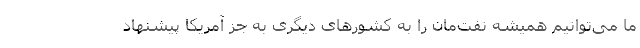
ما می‌توانیم همیشه نفت‌مان را به کشورهای دیگری به جز آمریکا پیشنهاد